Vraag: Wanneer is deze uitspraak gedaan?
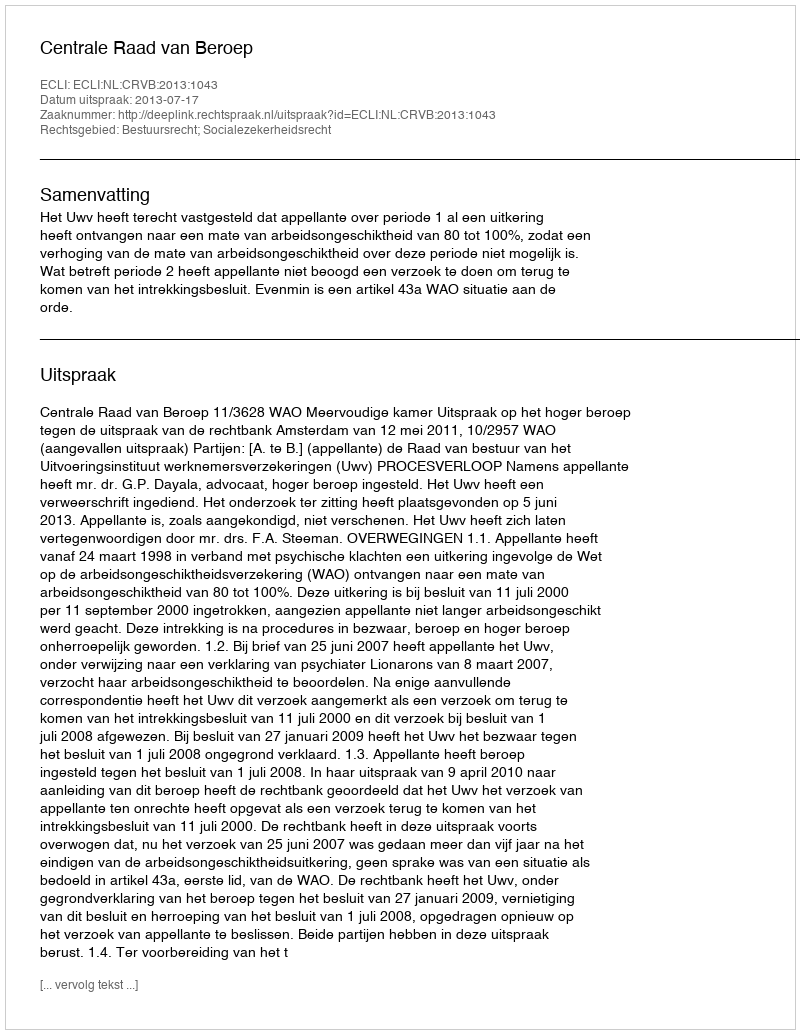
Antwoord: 2013-07-17